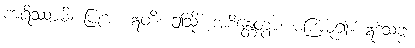
ကရိဿာမိ၊ ပြုအံ့။ ဣတိ၊ ဤသို့။ အစိန္တေတွာ၊ မကြံမူ၍။ ဣဒံသဗ္ဗံ၊